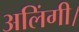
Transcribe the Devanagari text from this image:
अलिंगी।